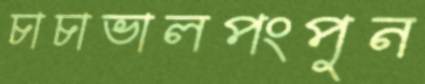
চাচাভালপংপুন